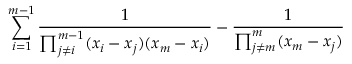
\sum _ { i = 1 } ^ { m - 1 } \frac { 1 } { \prod _ { j \neq i } ^ { m - 1 } ( x _ { i } - x _ { j } ) ( x _ { m } - x _ { i } ) } - \frac { 1 } { \prod _ { j \neq m } ^ { m } ( x _ { m } - x _ { j } ) }